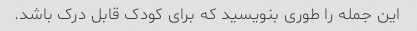
این جمله را طوری بنویسید که برای کودک قابل درک باشد.